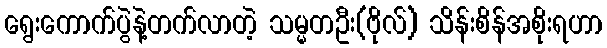
ရွေးကောက်ပွဲနဲ့တက်လာတဲ့ သမ္မတဦး(ဗိုလ်) သိန်းစိန်အစိုးရဟာ